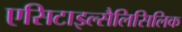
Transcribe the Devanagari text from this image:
एसिटाइल्सैलिसिलिक